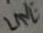
Text: LINE